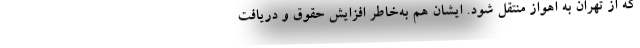
که از تهران به اهواز منتقل شود. ایشان هم به‌خاطر افزایش حقوق و دریافت